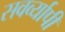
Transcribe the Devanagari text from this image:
सवर्व्यापी